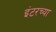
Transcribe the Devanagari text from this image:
इंटरच्या